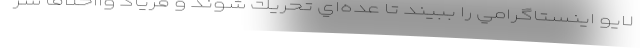
لايو اينستاگرامي را ببيند تا عده‌اي تحريك شوند و فرياد وااخلاقا سر